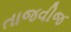
તાજવીજ